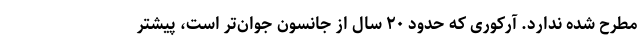
مطرح شده ندارد. آرکوری که حدود ۲۰ سال از جانسون جوان‌تر است، پیشتر